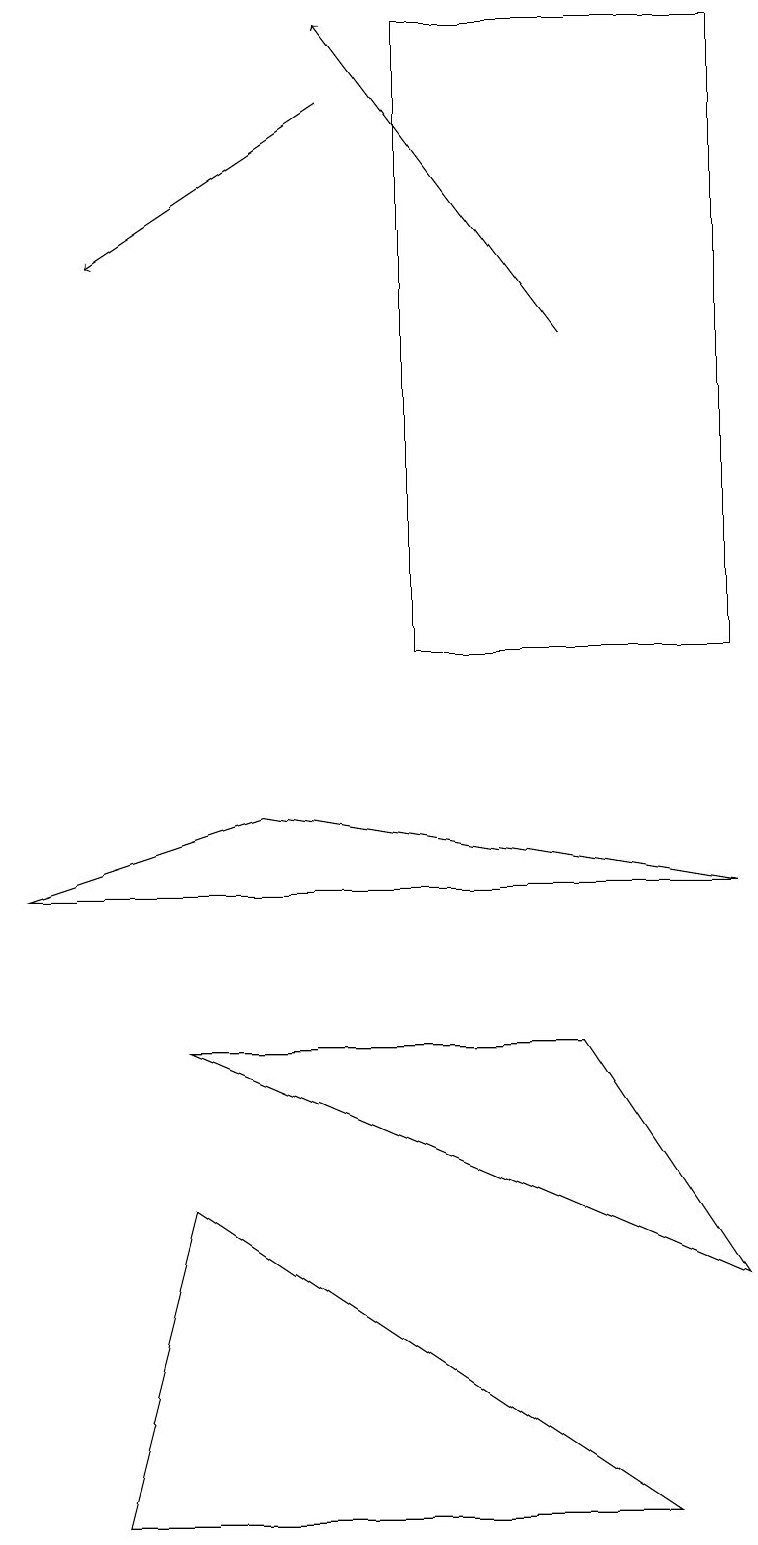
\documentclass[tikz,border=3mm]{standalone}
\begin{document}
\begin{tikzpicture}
\draw (5,19) rectangle (9,11);
\draw[->] (7,15) -- (4,19);
\draw (9,8) -- (0,8) -- (3,9) -- cycle;
\draw (8,0) -- (1,0) -- (2,4) -- cycle;
\draw[->] (4,18) -- (1,16);
\draw (9,3) -- (7,6) -- (2,6) -- cycle;
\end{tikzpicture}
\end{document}